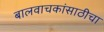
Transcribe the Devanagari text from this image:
बालवाचकांसाठीचा